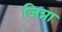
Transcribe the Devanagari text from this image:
जिग्ना